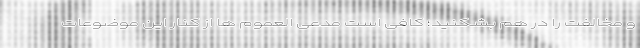
و مخالفت را در هم بشکنید؛ کافی است مدعی العموم ها از کنار این موضوعات